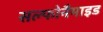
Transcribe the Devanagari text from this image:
सल्फोनैमाइड